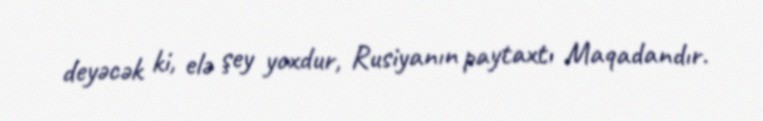
deyəcək ki, elə şey yoxdur, Rusiyanın paytaxtı Maqadandır.